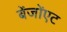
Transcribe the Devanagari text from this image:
बेंजोंएट